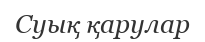
Суық қарулар